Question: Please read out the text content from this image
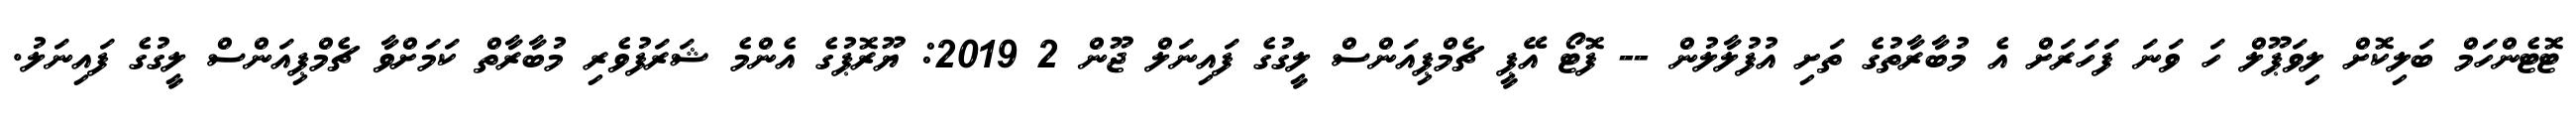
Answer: ޓޮޓެންހަމް ބަލިކޮށް ލިވަޕޫލް ހަ ވަނަ ފަހަރަށް އެ މުބާރާތުގެ ތަށި އުފުލާލުން -- ފޮޓޯ އޭޕީ ޗެމްޕިއަންސް ލީގުގެ ފައިނަލް ޖޫން 2 2019: ޔޫރޮޕުގެ އެންމެ ޝަރަފުވެރި މުބާރާތް ކަމަށްވާ ޗެމްޕިއަންސް ލީގުގެ ފައިނަލު.